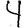
Digit: 4